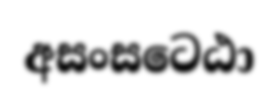
අසංසටෙඨා